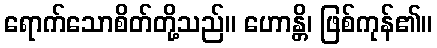
ရောက်သောစိတ်တို့သည်။ ဟောန္တိ၊ ဖြစ်ကုန်၏။